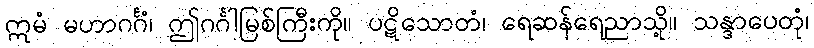
ဣမံ မဟာဂင်္ဂံ၊ ဤဂင်္ဂါမြစ်ကြီးကို။ ပဋိသောတံ၊ ရေဆန်ရေညာသို့။ သန္ဒာပေတုံ၊